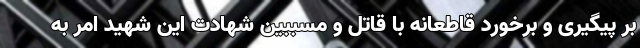
بر پیگیری و برخورد قاطعانه با قاتل و مسببین شهادت این شهید امر به